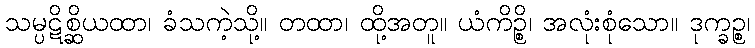
သမ္ပဋိစ္ဆိယထာ၊ ခံသကဲ့သို့။ တထာ၊ ထို့အတူ။ ယံကိဉ္စိ၊ အလုံးစုံသော။ ဒုက္ခဉ္စ၊